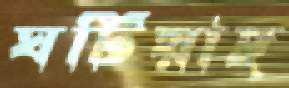
ঘটিয়াছ